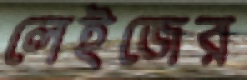
লেইজের